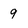
Character: 9